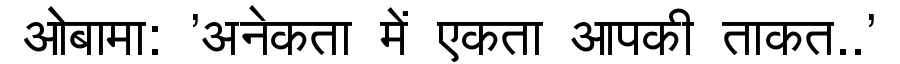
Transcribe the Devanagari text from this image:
ओबामा: 'अनेकता में एकता आपकी ताकत..'